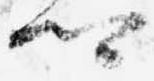
卿